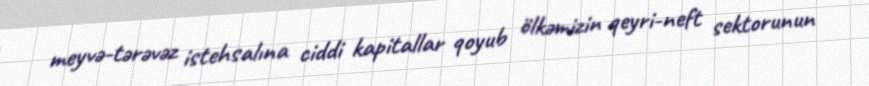
meyvə-tərəvəz istehsalına ciddi kapitallar qoyub ölkəmizin qeyri-neft sektorunun